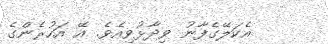
އެކަލޭގެފާނު ވިދާޅުވިއެވެ. އޭ އަހުރެންގެ